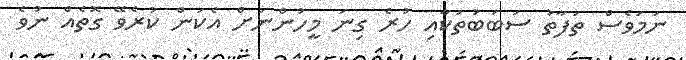
ނަމަވެސް ތަފާތު ސަބަބުތަކާއި ހުރެ ގިނަ މީހުންނަށް އެކަން ކުރެވޭ ގޮތެއް ނުވެ